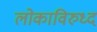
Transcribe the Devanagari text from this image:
लोकाविरुध्द